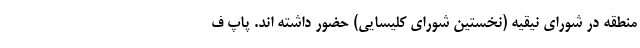
منطقه در شورای نیقیه (نخستین شورای کلیسایی) حضور داشته اند. پاپ ف